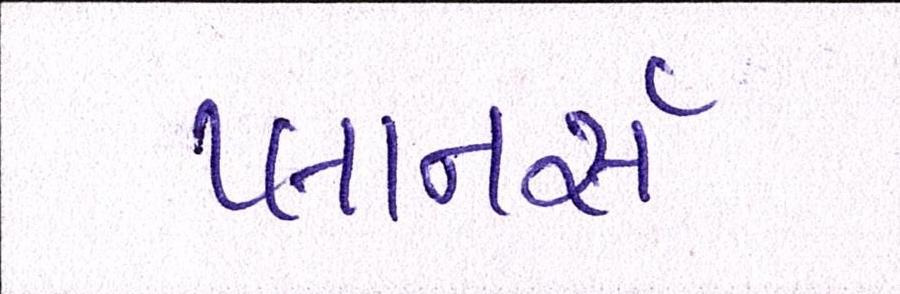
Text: પ્લાનર્સ